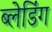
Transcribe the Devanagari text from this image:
ब्लेडिंग